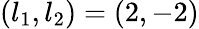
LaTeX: (l_{1},l_{2})=(2,-2)